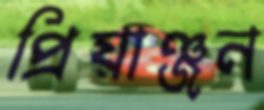
প্রিয়াঞ্জন